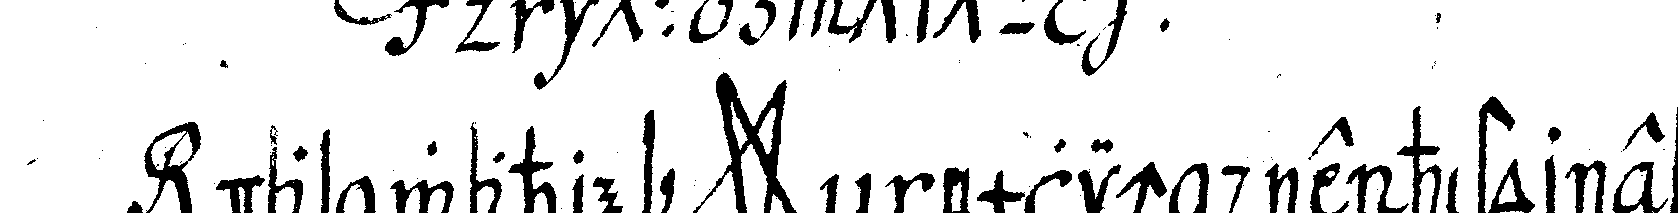
das wahre *star* nemlich die historie